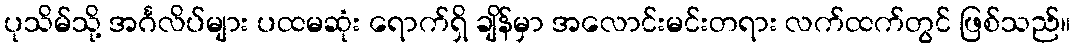
ပုသိမ်သို့ အင်္ဂလိပ်များ ပထမဆုံး ရောက်ရှိ ချိန်မှာ အလောင်းမင်းတရား လက်ထက်တွင် ဖြစ်သည်။